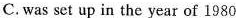
C. was set up in the year of 1980